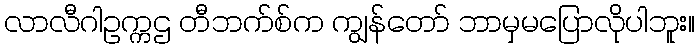
လာလီဂါဥက္ကဌ တီဘက်စ်က ကျွန်တော် ဘာမှမပြောလိုပါဘူး။